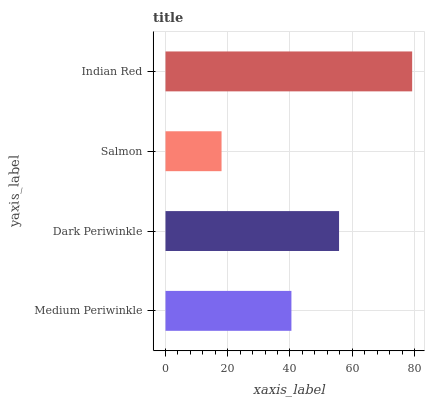
| yaxis_label | bars |
 | --- | --- |
 | Medium Periwinkle | 40.5 |
 | Dark Periwinkle | 55.8 |
 | Salmon | 18 |
 | Indian Red | 79.3 |